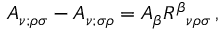
A _ { \nu ; \rho \sigma } - A _ { \nu ; \sigma \rho } = A _ { \beta } R ^ { \beta } { } _ { \nu \rho \sigma } \, ,